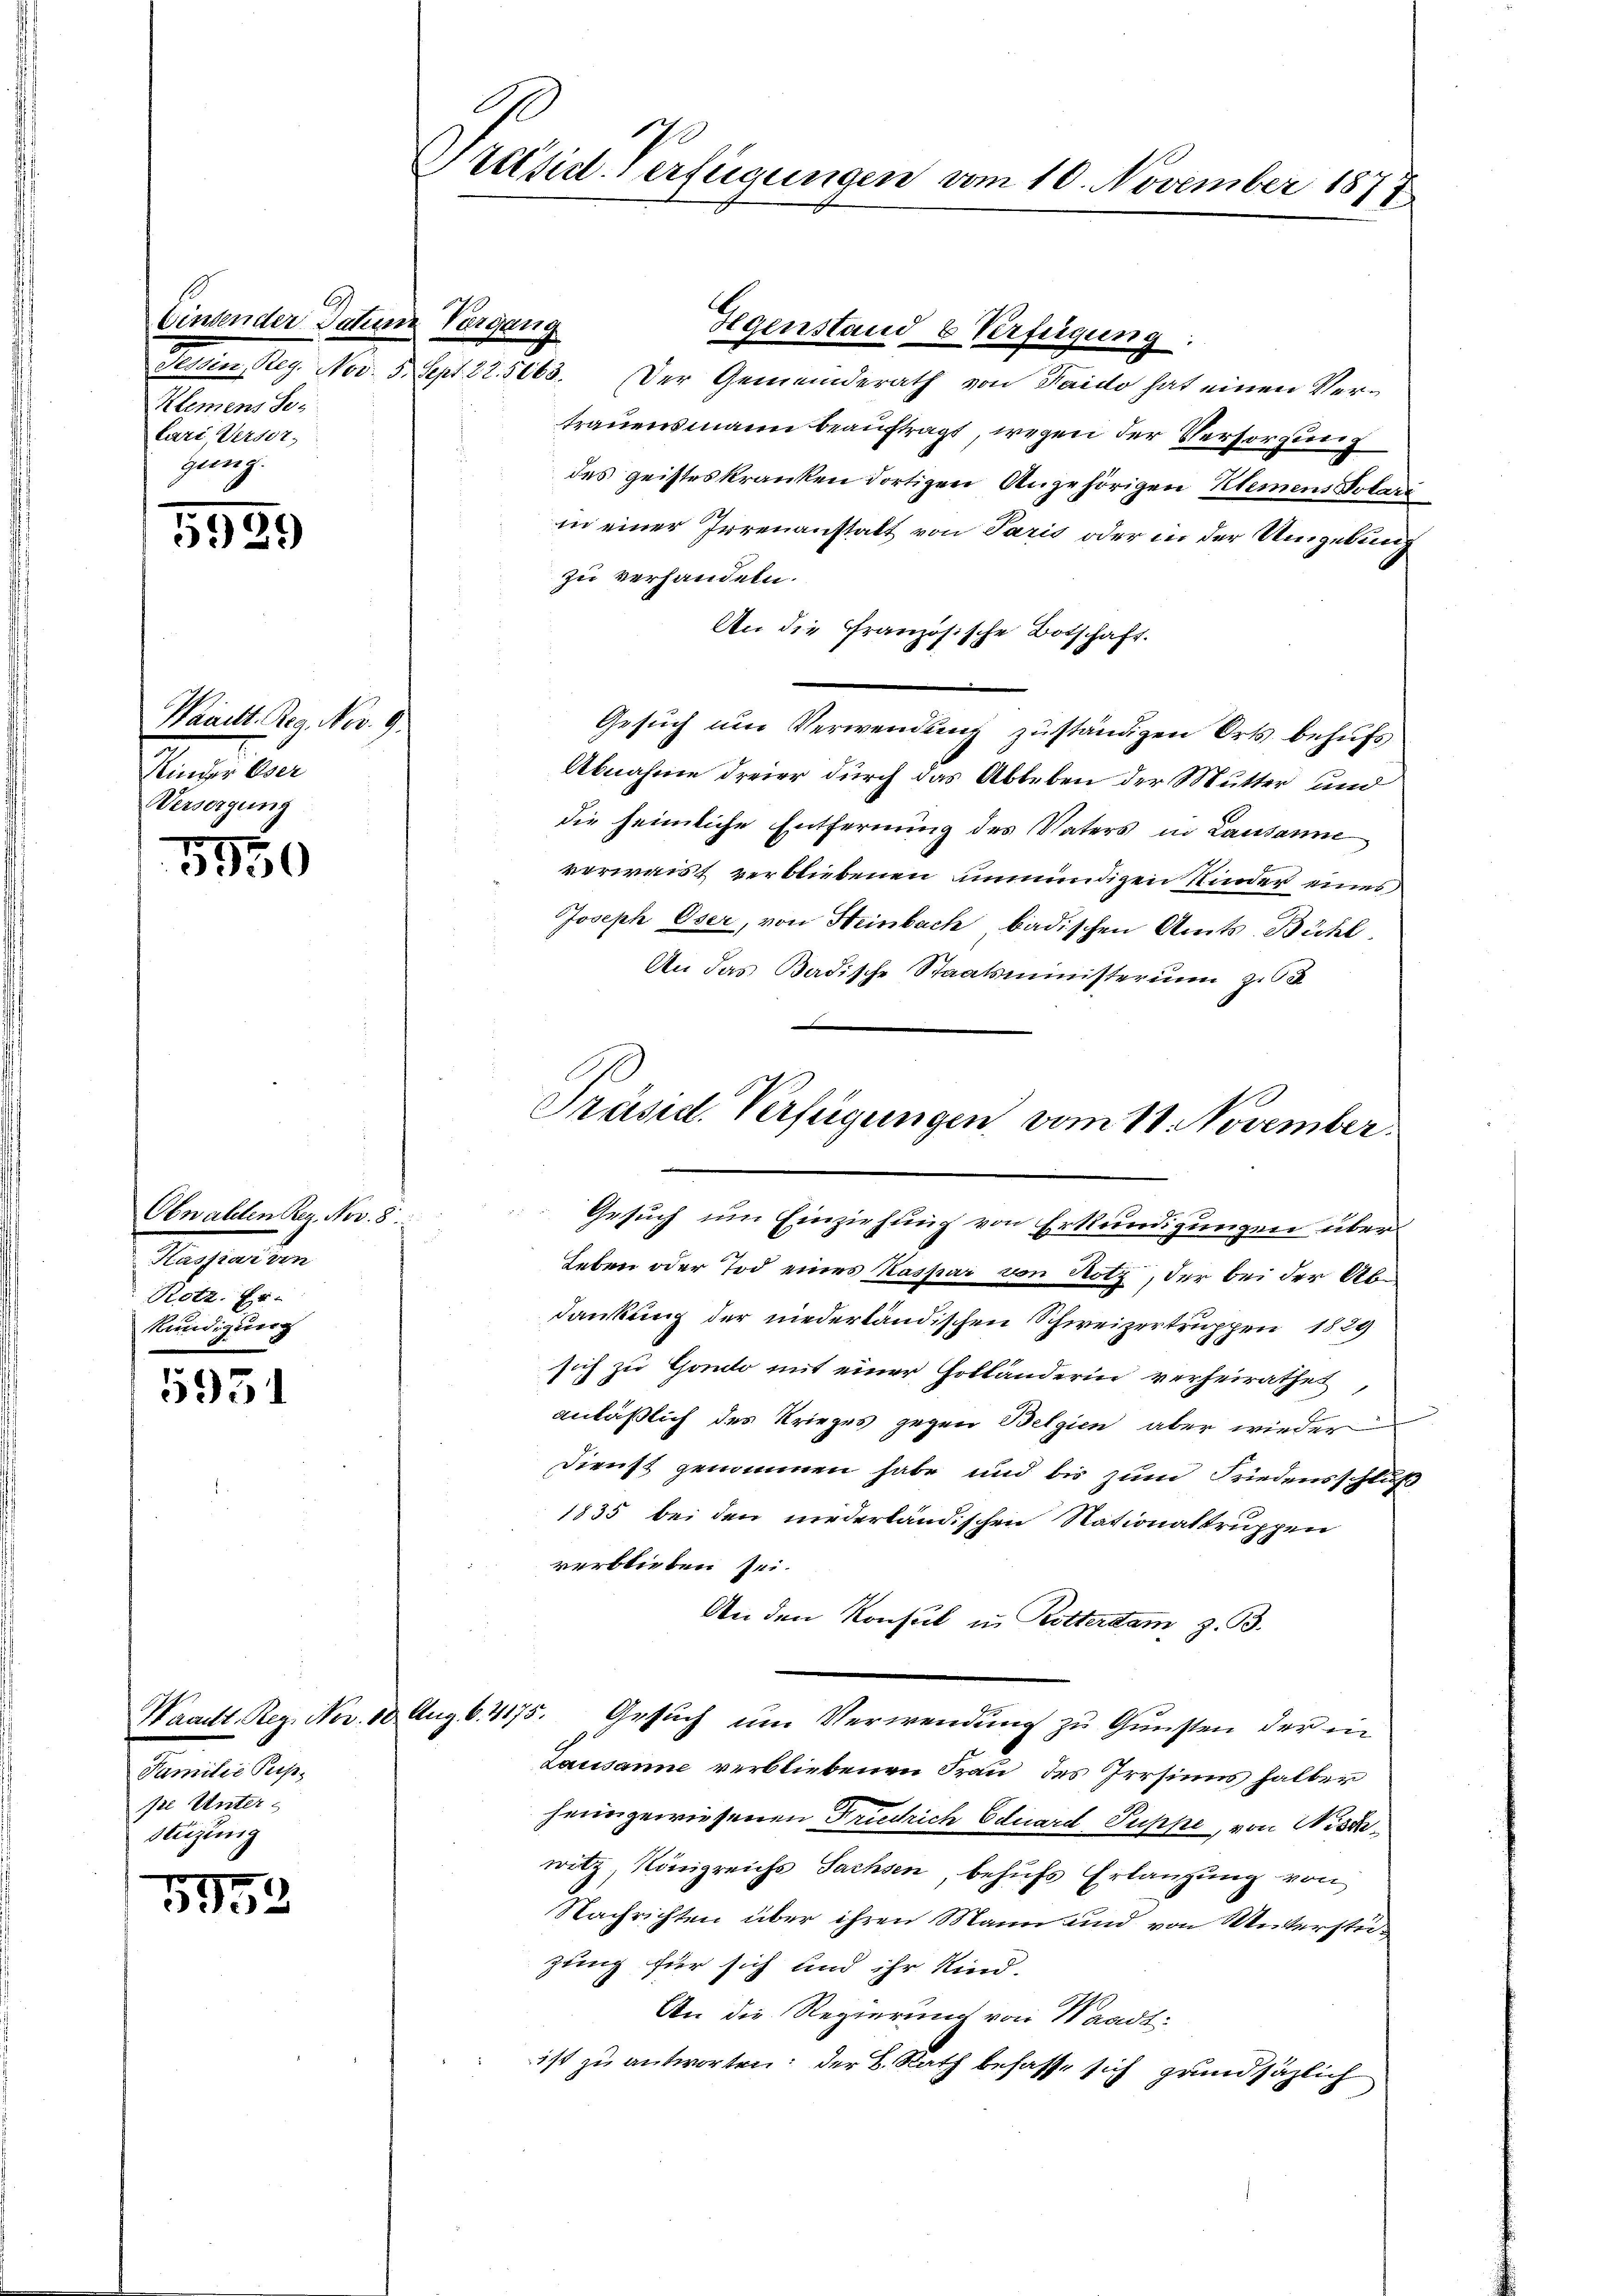
69
Einsender Jahre Vergang
Klemens Se-
lari, Versor
gung.

5939

Wauitt. Reg. Nov. 9.
Kinder Oser
Versorgung

5951

5550

Obnalten Rez. Nov. 8.
Kassia vin
Rotz. Er-
Kündigung

Familie Puppe Unterstüzung

1932

Präsid. Verfügungen vom 10. November 1877

Tessin Reg. Nov. 5. Sept 225063. Der Gemeinderath von Haido hat einen Vertrauensmann beauftragt, wegen der Versorgung
des geisteskranken dortigen Angehörigen Klemens Polari
in einer Irrenanstalt von Paris oder in der Umgebung
zu verhandeln.
An die Französische Botschaft.
Gesuch um Verwendung zuständigen Orts behufs
Abnahme dreier durch das Ableben der Mutter und
die heimliche Entfernung des Vaters in Lausanne
verwaist verbliebenen unmündigen Kinder eines
Joseph Oser, von Heinbach badischen Amts-Bühl
An das Badische Staatsministerium zu
Gesuch um Einziehung von Erkundigungen über
Leben oder Tod eines Kaspar von Notz, der bei der Abdankung der niederländischen Schweizertruppen 1829
sich zu Gondo mit einer Holländerin verheirathet
anläßlich des Krieges gegen Belgien aber wieder
Dienst genommen habe und bis zum Friedensschluß
1835 bei den niederländischen Stationaltruppen
verblieben sei.
An den Konsul in Ritterdam z. B.
Waadt. Reg. Nov. 10 Aug. 6. 4175. Gesuch um Verwendung zu Gunsten der in
lch
Lausanne verbliebenen Frau des Irrsinns halber
heim gewiesenen Früchrich Eduard Puppe, von Wissewitz, Königreichs Sachsen, behufs Erlangung von
Nachrichten über ihren Mann und von Unterstüzung für sich und ihr Kind.
An die Regierung von Waadt:
ist zu antworten: der B. Rath besasse sich grundsätzlich

Hegenstand & Verfügung.

Präsid. Verfügungen vom 11. November.
e